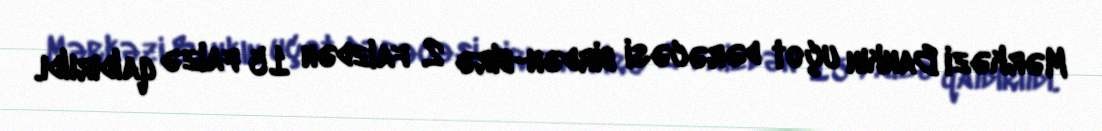
Mərkəzi Bankın uçot dərəcəsi birdən-birə 2 faizdən 15 faizə qaldırıldı.